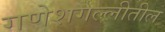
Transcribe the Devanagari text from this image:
गणेशगल्लीतील